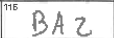
Transcription: BAZ